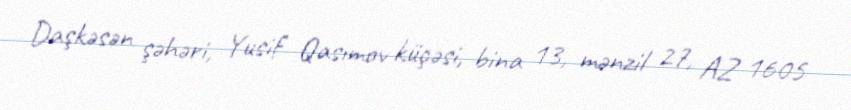
Daşkəsən şəhəri, Yusif Qasımov küçəsi, bina 13, mənzil 27, AZ 1605